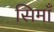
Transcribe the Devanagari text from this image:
सिमाँ